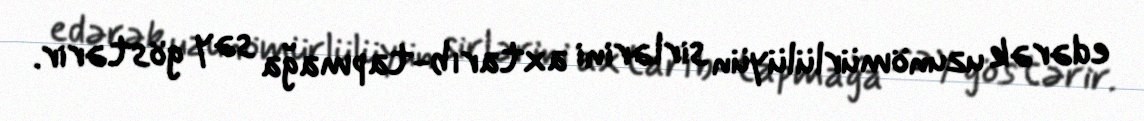
edərək uzunömürlülüyün sirlərini axtarıb-tapmağa səy göstərir.